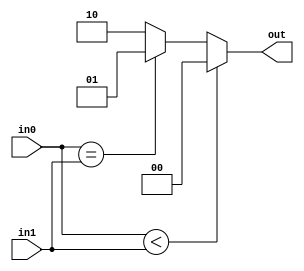
module comparatort(input[1:0] in0, input in1, output reg[1:0] out);
	wire[1:0] nr;
	assign nr[1] = 0;
	assign nr[0] = in1;
	
	always@(in0 or in1 or nr) begin
		if (in0 < nr) begin
			out = 2'b00;
		end
		else if (in0 == nr) begin
			out = 2'b01;
		end
		else begin
			out = 2'b10;
		end
	end
endmodule